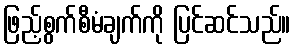
ဖြည့်စွက်စီမံချက်ကို ပြင်ဆင်သည်။